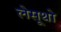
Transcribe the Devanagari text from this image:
लेसूथो